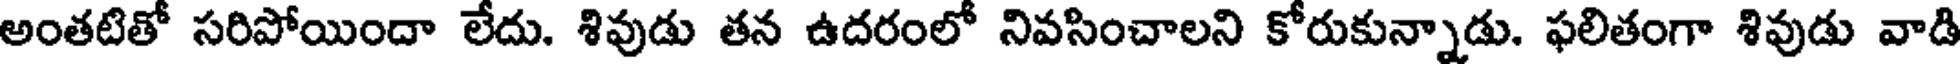
అంతటితో సరిపోయిందా లేదు. శివుడు తన ఉదరంలో నివసించాలని కోరుకున్నాడు. ఫలితంగా శివుడు వాడి